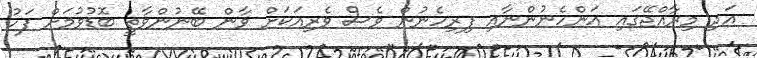
އަދި މިރާއްޖޭގައި އަންހެނުންނާއި ފިރިހެނުން ވެސް ވެރިއަކަށް ވާން ބޭނުންވާތީ ބޮޑުވުމަށް ފަހު